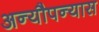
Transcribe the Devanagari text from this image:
अन्यौपन्यास